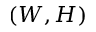
( W , H )